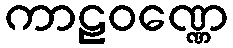
ကာဠဝဏ္ဏေ